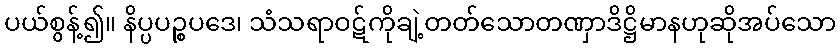
ပယ်စွန့်၍။ နိပ္ပပဉ္စပဒေ၊ သံသရာဝဋ်ကိုချဲ့တတ်သောတဏှာဒိဋ္ဌိမာနဟုဆိုအပ်သော